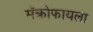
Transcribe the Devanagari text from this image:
मॅक्रोफायला